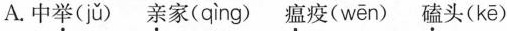
A.中举(jǔ) 亲家(qìng) 瘟疫(wēn) 磕头(kē)